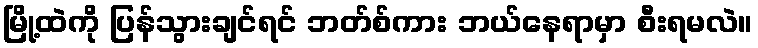
မြို့ထဲကို ပြန်သွားချင်ရင် ဘတ်စ်ကား ဘယ်နေရာမှာ စီးရမလဲ။